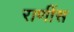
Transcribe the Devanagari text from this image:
राणींस